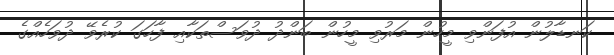
ކަނޑާލުން އުފަންވި މީހުން މަރުވި މީހުން ބަންދު ދުވަސްތަކާއި ފާހަގަ ކުރެވޭ ދުވަހެއްގެ